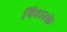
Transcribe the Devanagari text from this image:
निहारके